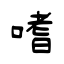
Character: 嗜